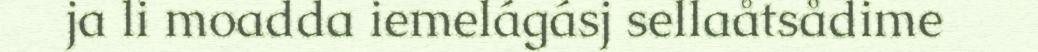
ja li moadda iemelágásj sellaåtsådime